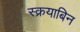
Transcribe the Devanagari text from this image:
स्क्रयाबिन